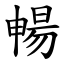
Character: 暢